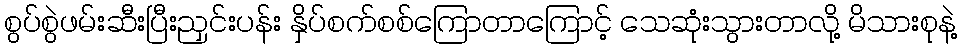
စွပ်စွဲဖမ်းဆီးပြီးညှင်းပန်း နှိပ်စက်စစ်ကြောတာကြောင့် သေဆုံးသွားတာလို့ မိသားစုနဲ့